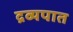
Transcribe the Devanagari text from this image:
द्रव्यपात